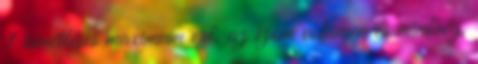
1 ismétléses maximum erő, az izom volumen és minőség,